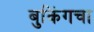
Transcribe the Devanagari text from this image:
बुकिंगचा